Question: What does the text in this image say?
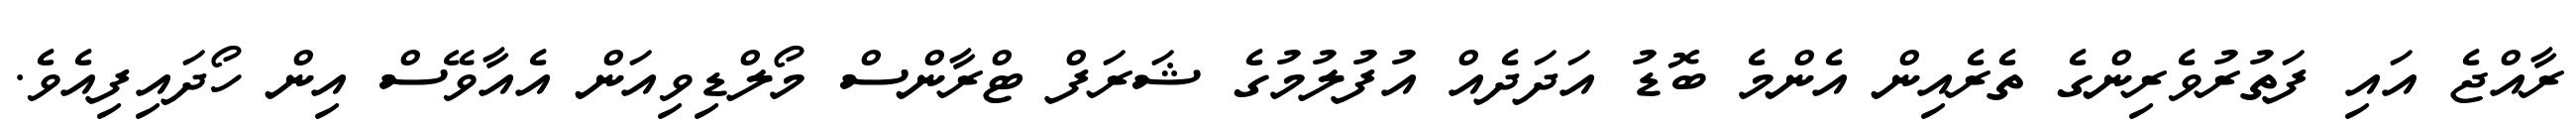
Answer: ރާއްޖެ އައި ފަތުރުވެރިންގެ ތެރެއިން އެންމެ ބޮޑު އަދަދެއް އުފުލުމުގެ ޝަރަފް ޓްރާންސް މޯލްޑިވިއަން އެއާވޭސް އިން ހޯދައިފިއެވެ.